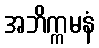
အဘိက္ကမနံ